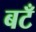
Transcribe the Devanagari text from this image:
बटँ